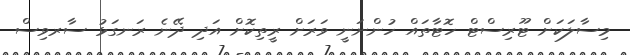
މިސާލަކަށް ޓޫރިސްޓް ހޮޓާތައް ހުންނަނީ ވަރަށް ރީތިކޮށް އަދި ދޭނެ ރަނގަޅު ސާރވިސް